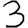
Digit: 3